Medical and sanitary report of the native army of Bengal for the year
Year: 1875
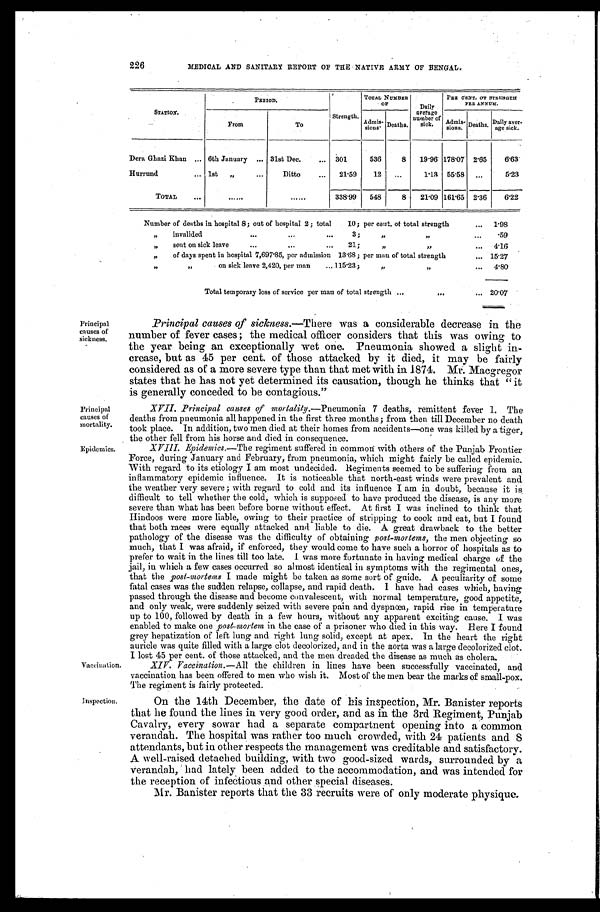
Principal
causes of
mortality.
Epidemics.
226
MEDICAL AND SANITARY REPORT OF THE NATIVE ARMY OF BENGAL.
STATION.
PERIOD.
Strength.
TOTAL NUMBER OF Daily
average
number of
sick.
PER CENT. OF STRENGT
H PER ANNUM.
From
To
Admis- sions. Deaths.
Admis
-sions.
D e a t h s . Daily aver-
age sick.
Dera Ghazi Khan
6th January
31st Dec.
301
536
8 19.96 178.07 2.65 6. 63
Hurrund
1st "
Ditto
21.59 12
1.13 55.58
5. 23
TOTAL
338.99 548
8 21.09 161.65 2.36 6. 22
Number of deaths in hospital 8; out of hospital 2; total 10; per cent. of total strength
1.98
" i n v a l i d e d 3 ; " "
.59
" sent on sick leave 21; " " 4.16
" of days spent in hospital 7,697.85, per admission 13.68; per man of total strength 15.27
" " on sick leave 2,420, per man 115.23; " " 4. 80
Total temporary loss of service per man of total strength
20. 07
Principal
causes of
sickness.
Vaccination.
Inspection.
Principal causes of sickness. —There was a considerable decrease in the
number of fever cases; the medical officer considers that this was owing to
the year being an exceptionally wet one. Pneumonia showed a slight in-
crease, but as 45 per cent. of those attacked by it died, it may be fairly
considered as of a more severe type than that met with in 1874. Mr. Macgregor
states that he has not yet determined its causation, though he thinks that "it
is generally conceded to be contagious."
XVII. Principal causes of mortality.— Pneumonia 7 deaths, remittent fever 1. The
deaths from pneumonia all happened in the first three months; from then till December no death
took place. In addition, two men died at their homes from accidents—one was killed by a tiger,
the other fell from his horse and died in consequence.
XVIII. Epidemics. —The regiment suffered in common with others of the Punjab Frontier
Force, during January and February, from pneumonia, which might fairly be called epidemic.
With regard to its etiology I am most undecided. Regiments seemed to be suffering from an
inflammatory epidemic influence. It is noticeable that north-east winds were prevalent and
the weather very severe; with regard to cold and its influence I am in doubt, because it is
difficult to tell whether the cold, which is supposed to have produced the disease, is any more
severe than what has been before borne without effect. At first I was inclined to think that
Hindoos were more liable, owing to their practice of stripping to cook and eat, but I found
that both races were equally attacked and liable to die. A great drawback to the better
pathology of the disease was the difficulty of obtaining post-mortems, the men objecting so
much, that I was afraid, if enforced, they would come to have such a horror of hospitals as to
prefer to wait in the lines till too late. I was more fortunate in having medical charge of the
jail, in which a few cases occurred so almost identical in symptoms with the regimental ones,
that the post-mortems I made might be taken as some sort of guide. A peculiarity of some
fatal cases was the sudden relapse, collapse, and rapid death. I have had cases which, having
passed through the disease and become convalescent, with normal temperature, good appetite,
and only weak, were suddenly seized with severe pain and dyspnœa, rapid rise in temperature
up to 100, followed by death in a few hours, without any apparent exciting cause. I was
enabled to make one post-mortem in the case of a prisoner who died in this way. Here I found
grey hepatization of left lung and right lung solid, except at apex. In the heart the right
auricle was quite filled with a large clot decolorized, and in the aorta was a large decolorized clot.
I l o s t 4 5 p e r c e n t . o f t h o s e a t t a c k e d , a n d t h e me n d r e a d e d t h e d i s e a s e a s mu c h a s c h o l e r a .
XIV. Vaccination. —All the children in lines have been successfully vaccinated, and
vaccination has been offered to men who wish it. Most of the men bear the marks of small-pox.
The regiment is fairly protected.
On the 14th December, the date of his inspection, Mr. Banister reports,
that he found the lines in very good order, and as in the 3rd Regiment, Punjab
Cavalry, every sowar had a separate compartnent opening into a common
verandah. The hospital was rather too much crowded, with 24 patients and 8
attendants, but in other respects the management was creditable and satisfactory.
A well-raised detached building, with two good-sized wards, surrounded by a
verandah, had lately been added to the accommodation, and was intended for
the reception of infectious and other special diseases.
Mr. Banister reports that the 33 recruits were of only moderate physique.